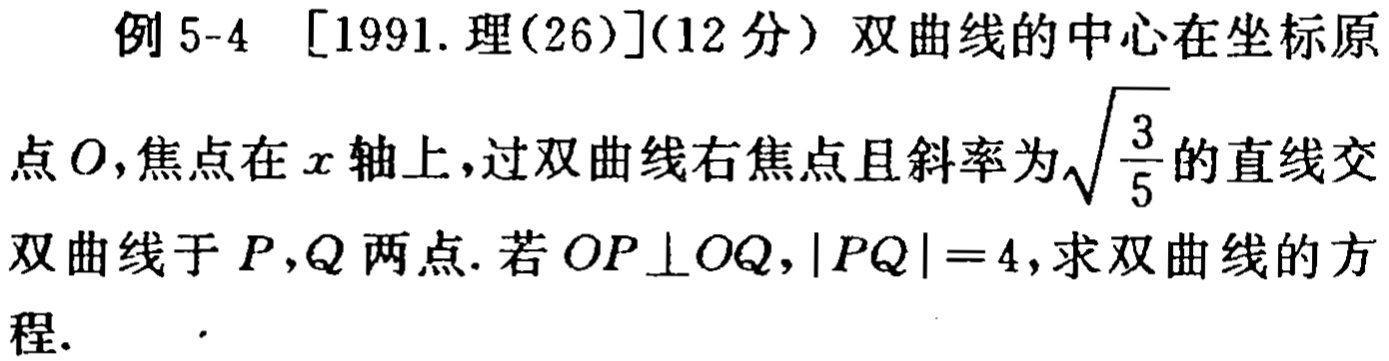
例 5-4 [1991.理(26)](12 分) 双曲线的中心在坐标原
点\(O\)，焦点在\(x\)轴上，过双曲线右焦点且斜率为\(\sqrt{\frac{3}{5}}\)的直线交
双曲线于\(P,Q\)两点. 若\(OP\perp OQ\)，\(\vert PQ\vert = 4\)，求双曲线的方
程.